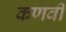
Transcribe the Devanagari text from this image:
कणवी